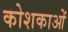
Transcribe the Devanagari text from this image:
कोशकाओं